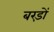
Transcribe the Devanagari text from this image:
बरड़ों